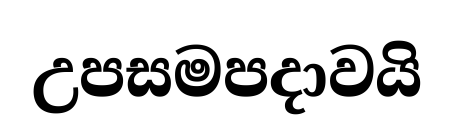
උපසමපදාවයි